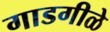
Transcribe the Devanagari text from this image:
गाडगीळे